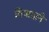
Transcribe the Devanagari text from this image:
विषादाने